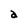
Character: a